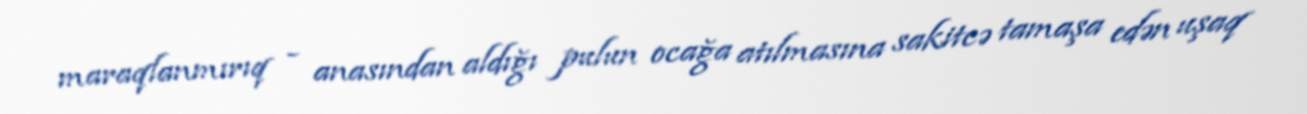
maraqlanmırıq - anasından aldığı pulun ocağa atılmasına sakitcə tamaşa edən uşaq